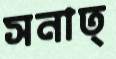
সনাত্